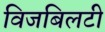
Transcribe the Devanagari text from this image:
विजबिलटी